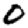
Digit: 0